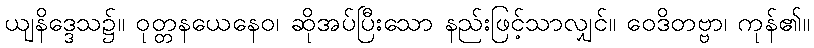
ယျနိဒ္ဒေသ၌။ ဝုတ္တနယေနေဝ၊ ဆိုအပ်ပြီးသော နည်းဖြင့်သာလျှင်။ ဝေဒိတဗ္ဗာ၊ ကုန်၏။